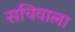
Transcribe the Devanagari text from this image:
सचिवाला